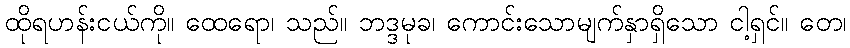
ထိုရဟန်းငယ်ကို။ ထေရော၊ သည်။ ဘဒ္ဒမုခ၊ ကောင်းသောမျက်နှာရှိသော ငါ့ရှင်။ တေ၊